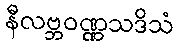
နီလဗ္ဘဝဏ္ဏသဒိသံ